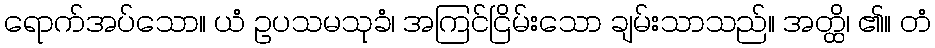
ရောက်အပ်သော။ ယံ ဥပသမသုခံ၊ အကြင်ငြိမ်းသော ချမ်းသာသည်။ အတ္ထိ၊ ၏။ တံ